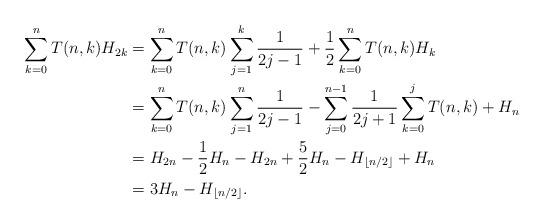
LaTeX: \begin{align*} \sum_{k=0}^nT(n,k)H_{2k}&=\sum_{k=0}^nT(n,k)\sum_{j=1}^k\frac1{2j-1}+\frac{1}{2}\sum_{k=0}^nT(n,k)H_{k}\\&=\sum_{k=0}^nT(n,k)\sum_{j=1}^n\frac1{2j-1}-\sum_{j=0}^{n-1}\frac1{2j+1}\sum_{k=0}^jT(n,k)+H_n \\&=H_{2n}-\frac12H_n-H_{2n}+\frac52H_n-H_{\lfloor n/2\rfloor}+H_n \\&=3H_n-H_{\lfloor n/2\rfloor}. \end{align*}